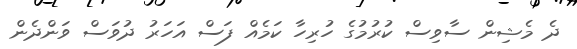
ދެ މެޝިން ސާވިސް ކުރުމުގެ ހުރިހާ ކަމެއް ފަސް އަހަރު ދުވަސް ވަންދެން